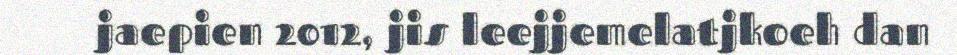
jaepien 2012, jis leejjemelatjkoeh dan